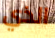
الذي